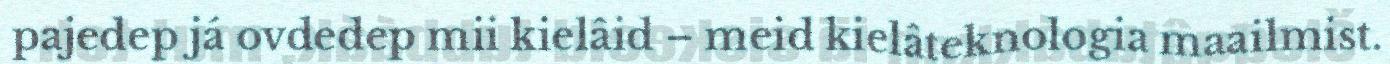
pajedep já ovdedep mii kielâid – meid kielâteknologia maailmist.